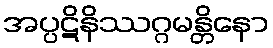
အပ္ပဋိနိဿဂ္ဂမန္တိနော